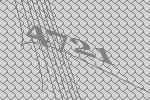
4721